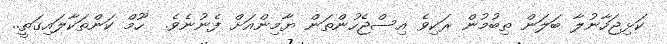
ކަޅިޖަހާނުލާ ބަލަން ތިބުމުން ރަކިވެ އިސްޖެހުންތަން ޔާމިންއަށް ފެނުނެވެ.  ހޫމް ކަންތަކާލައިގަތީ..